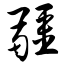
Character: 疆